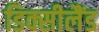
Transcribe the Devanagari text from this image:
डिक्सीलैंड